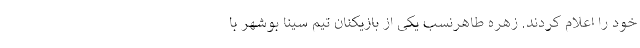
خود را اعلام کردند. زهره طاهرنسب یکی از بازیکنان تیم سینا بوشهر با